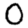
Digit: 0